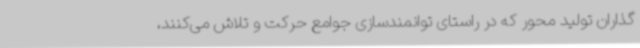
گذاران تولید محور که در راستای توانمندسازی جوامع حرکت و تلاش می‌کنند،